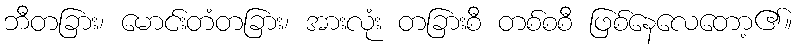
ဘီတခြား၊ မောင်းတံတခြား၊ အားလုံး တခြားစီ တစ်စစီ ဖြစ်နေလေတော့၏။